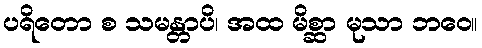
ပရိတော စ သမန္တာပိ၊ အထ မိစ္ဆာ မုသာ ဘဝေ။